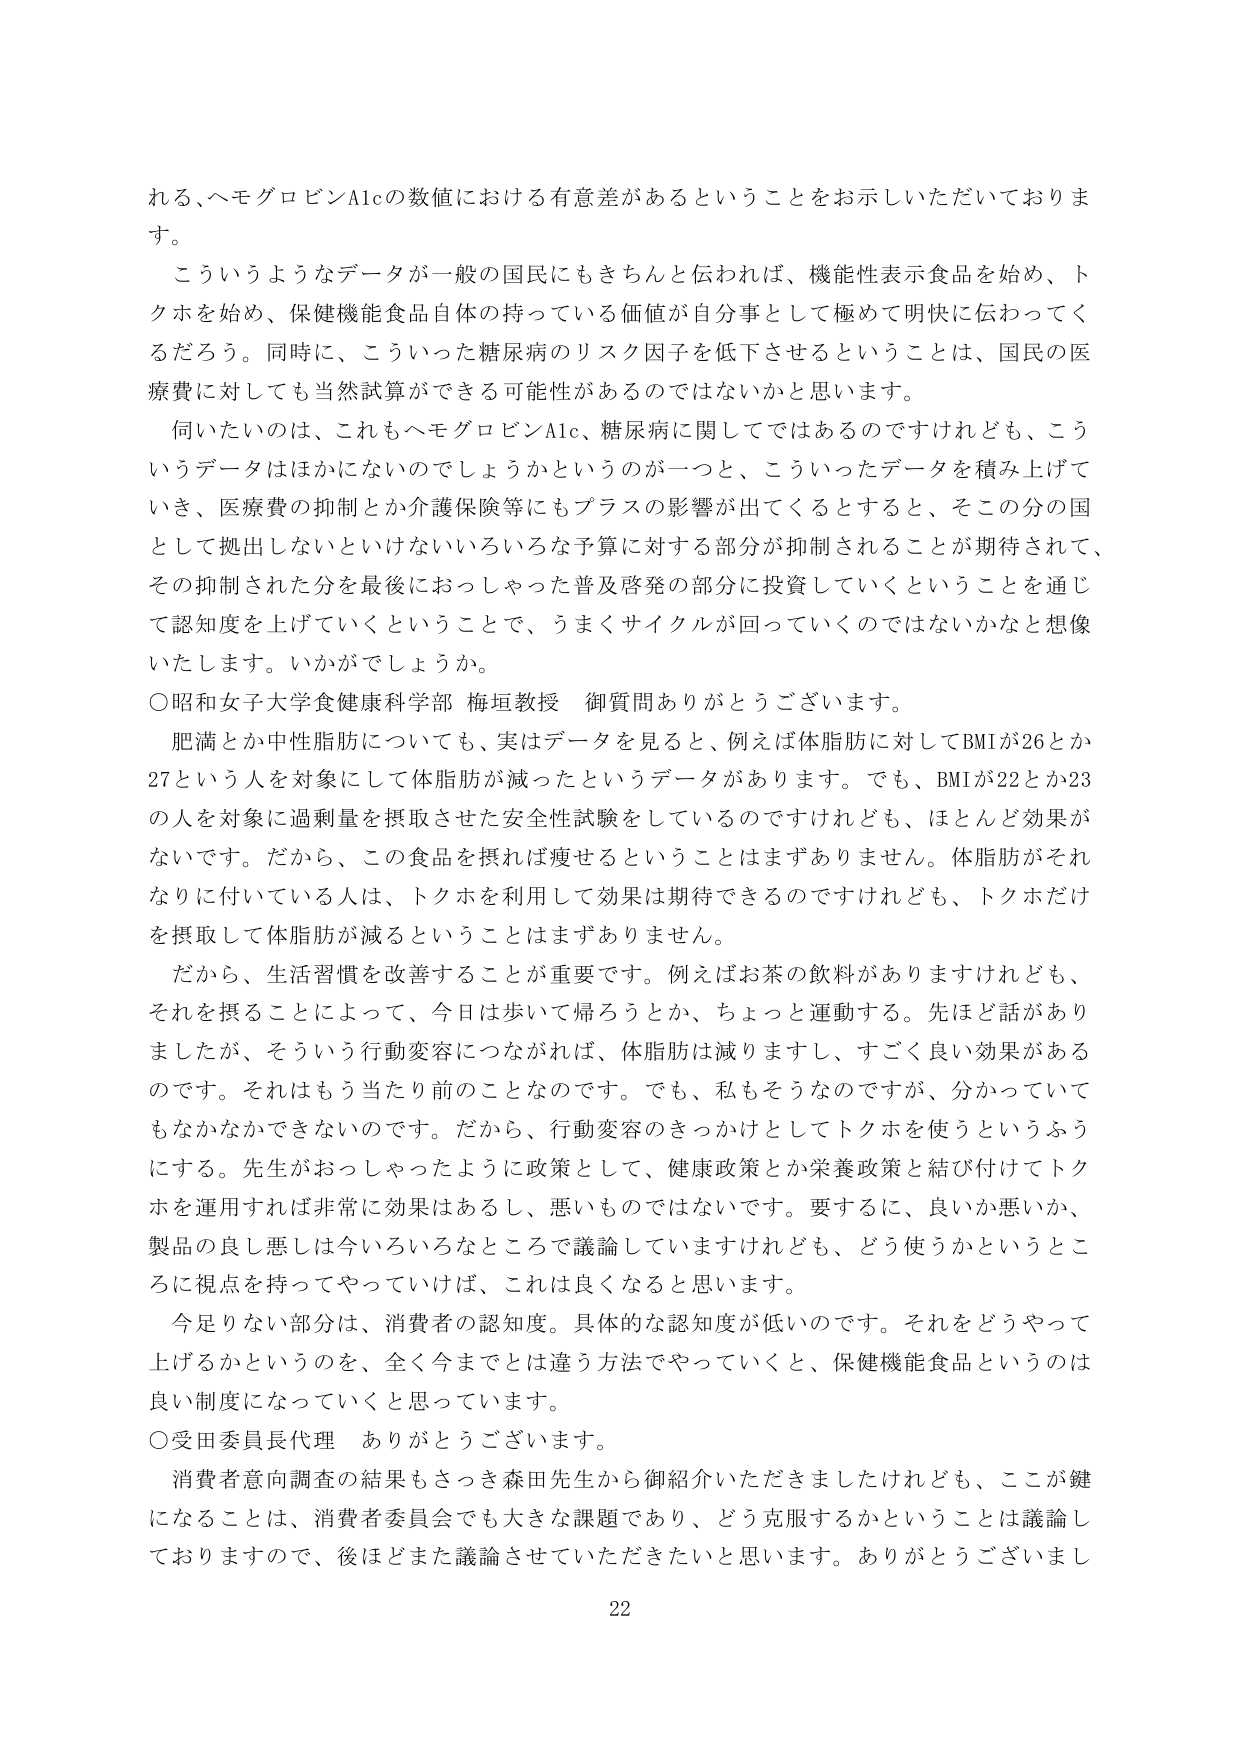
れる、ヘモグロビンA1cの数値における有意差があるということをお示しいただいております。

こういうようなデータが一般の国民にもきちんと伝われば、機能性表示食品を始め、トクホを始め、保健機能食品自体の持っている価値が自分流として極めて明快に伝わってくるだろう。同時に、こういった糖尿病のリスク因子を低下させるということは、国民の医療費に対しても当然試算ができる可能性があるのではないかと思います。

伺いたいのは、これもヘモグロビンA1c、糖尿病に関してではあるのですけれども、こういうデータはほかにないでしょうかというのが一つと、こういったデータを積み上げていき、医療費の抑制とか介護保険等にもプラスの影響が出てくるとすると、そこの分の国として拠出しないといけないいろいろな予算に対する部分が抑制されることが期待されて、その抑制された分を最後におっしゃった普及啓発の部分に投資していくということを通じて認知度を上げていくということで、うまくサイクルが回っていくのではないかと想像いたします。いかがでしょうか。

○昭和女子大学食健康科学部 梅垣教授 御質問ありがとうございます。

肥満とか中性脂肪についても、実はデータを見ると、例えば体脂肪に対してBMIが26とか27という人を対象にして体脂肪が減ったというデータがあります。でも、BMIが22とか23の人を対象に過剰量を摂取させた安全性試験をしているのですけれども、ほとんど効果がないです。だから、この食品を摂れば痩せるということはまずありません。体脂肪がそれなりに付いている人は、トクホを利用して効果は期待できるのですけれども、トクホだけを摂取して体脂肪が減るということはまずありません。

だから、生活習慣を改善することが重要です。例えばお茶の飲料がありますけれども、それを摂ることによって、今日は歩いて帰ろうとか、ちょっと運動する。先ほど話がありましたけど、そういう行動変容につながれば、体脂肪は減りますし、すごく良い効果があるのです。それはもう当たり前のことなのです。でも、私もそうなのですが、分かっていてもなかなかできないのです。だから、行動変容のきっかけとしてトクホを使うというふうにする。先生がおっしゃったように政策として、健康政策とか栄養政策と結び付けてトクホを運用すれば非常に効果はあるし、悪いものではないです。要するに、良いか悪いか、製品の良し悪しは今いろいろなところで議論していますけれども、どう使うかということに視点を持ってやっていけば、これは良くなると思います。

今足りない部分は、消費者の認知度。具体的な認知度が低いのです。それをどうやって上げるかというのを、全く今までとは違う方法でやっていくと、保健機能食品というのは良い制度になっていくと思っています。

○受田委員長代理 ありがとうございます。

消費者意向調査の結果もさっき森田先生から御紹介いただきましたけれども、ここが鍵になることは、消費者委員会でも大きな課題であり、どう克服するかということは議論しておりますので、後ほどまた議論させていただきたいと思います。ありがとうございます

22